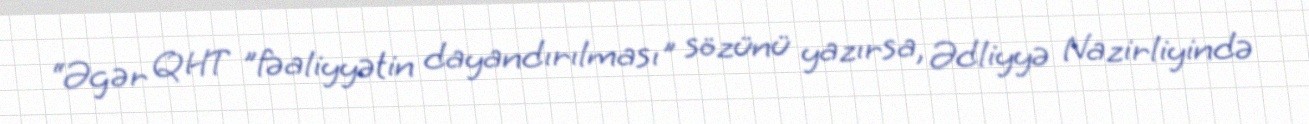
“Əgər QHT ”fəaliyyətin dayandırılması" sözünü yazırsa, Ədliyyə Nazirliyində